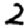
Digit: 2